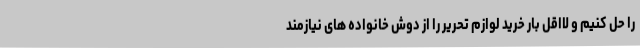
را حل کنیم و لااقل بار خرید لوازم تحریر را از دوش خانواده های نیازمند